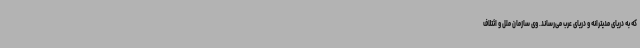
که به دریای مدیترانه و دریای عرب می‌رساند. وی سازمان ملل و ائتلاف